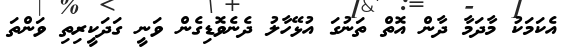
އެކަމަކު މާދަމާ ދާން އޮތް ތަނުގަ އުޅޭހާލު ދެނެވޮޑިގެން ވަނީ ގަދަކީރިތި ވަންތަ